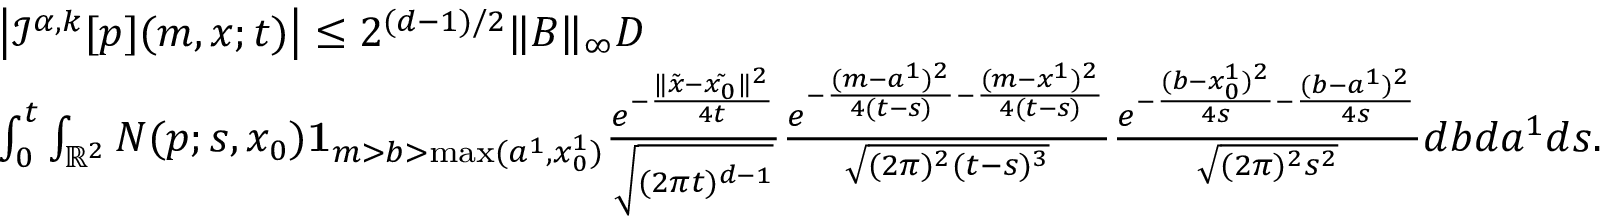
\begin{array} { r l } & { \left| { \mathcal I } ^ { \alpha , k } [ p ] ( m , x ; t ) \right| \leq 2 ^ { ( d - 1 ) / 2 } \| B \| _ { \infty } D } \\ & { \int _ { 0 } ^ { t } \int _ { { \mathbb R } ^ { 2 } } N ( p ; s , x _ { 0 } ) { \mathbf 1 } _ { m > b > \operatorname* { m a x } ( a ^ { 1 } , x _ { 0 } ^ { 1 } ) } \frac { e ^ { - \frac { \| \tilde { x } - \tilde { x _ { 0 } } \| ^ { 2 } } { 4 t } } } { \sqrt { ( 2 \pi t ) ^ { d - 1 } } } \frac { e ^ { - \frac { ( m - a ^ { 1 } ) ^ { 2 } } { 4 ( t - s ) } - \frac { ( m - x ^ { 1 } ) ^ { 2 } } { 4 ( t - s ) } } } { \sqrt { ( 2 \pi ) ^ { 2 } ( t - s ) ^ { 3 } } } \frac { e ^ { - \frac { ( b - x _ { 0 } ^ { 1 } ) ^ { 2 } } { 4 s } - \frac { ( b - a ^ { 1 } ) ^ { 2 } } { 4 s } } } { \sqrt { ( 2 \pi ) ^ { 2 } { s ^ { 2 } } } } d b d a ^ { 1 } d s . } \end{array}